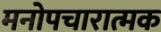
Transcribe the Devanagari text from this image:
मनोपचारात्मक